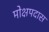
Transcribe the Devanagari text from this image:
मोक्षपदास